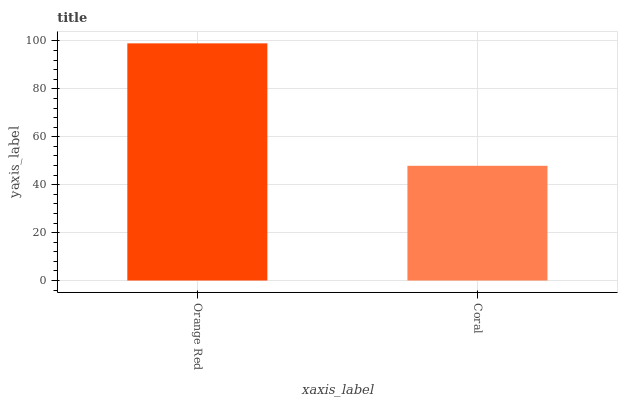
| xaxis_label | bars |
 | --- | --- |
 | Orange Red | 99 |
 | Coral | 47.9 |